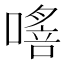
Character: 𠾈